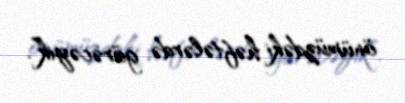
önümüzdəki həftələrdə görəcəyik”.